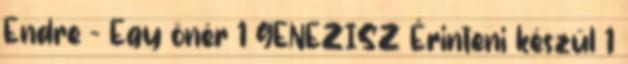
Endre - Egy önér 1 GENEZISZ Érinteni készül 1